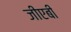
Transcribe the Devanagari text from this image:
जीएबी